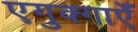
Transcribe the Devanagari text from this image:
एगुक्गाएँ